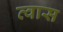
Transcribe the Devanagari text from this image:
त्वास